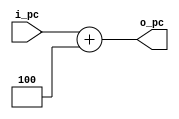

//////////////////////////////////////////////////////////////////////////////////
module pcAddFour(i_pc, o_pc);
  input wire [31:0] i_pc; //2^5 32
  output wire [31:0] o_pc;
  assign o_pc = i_pc + 4;
endmodule